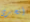
أتحرى